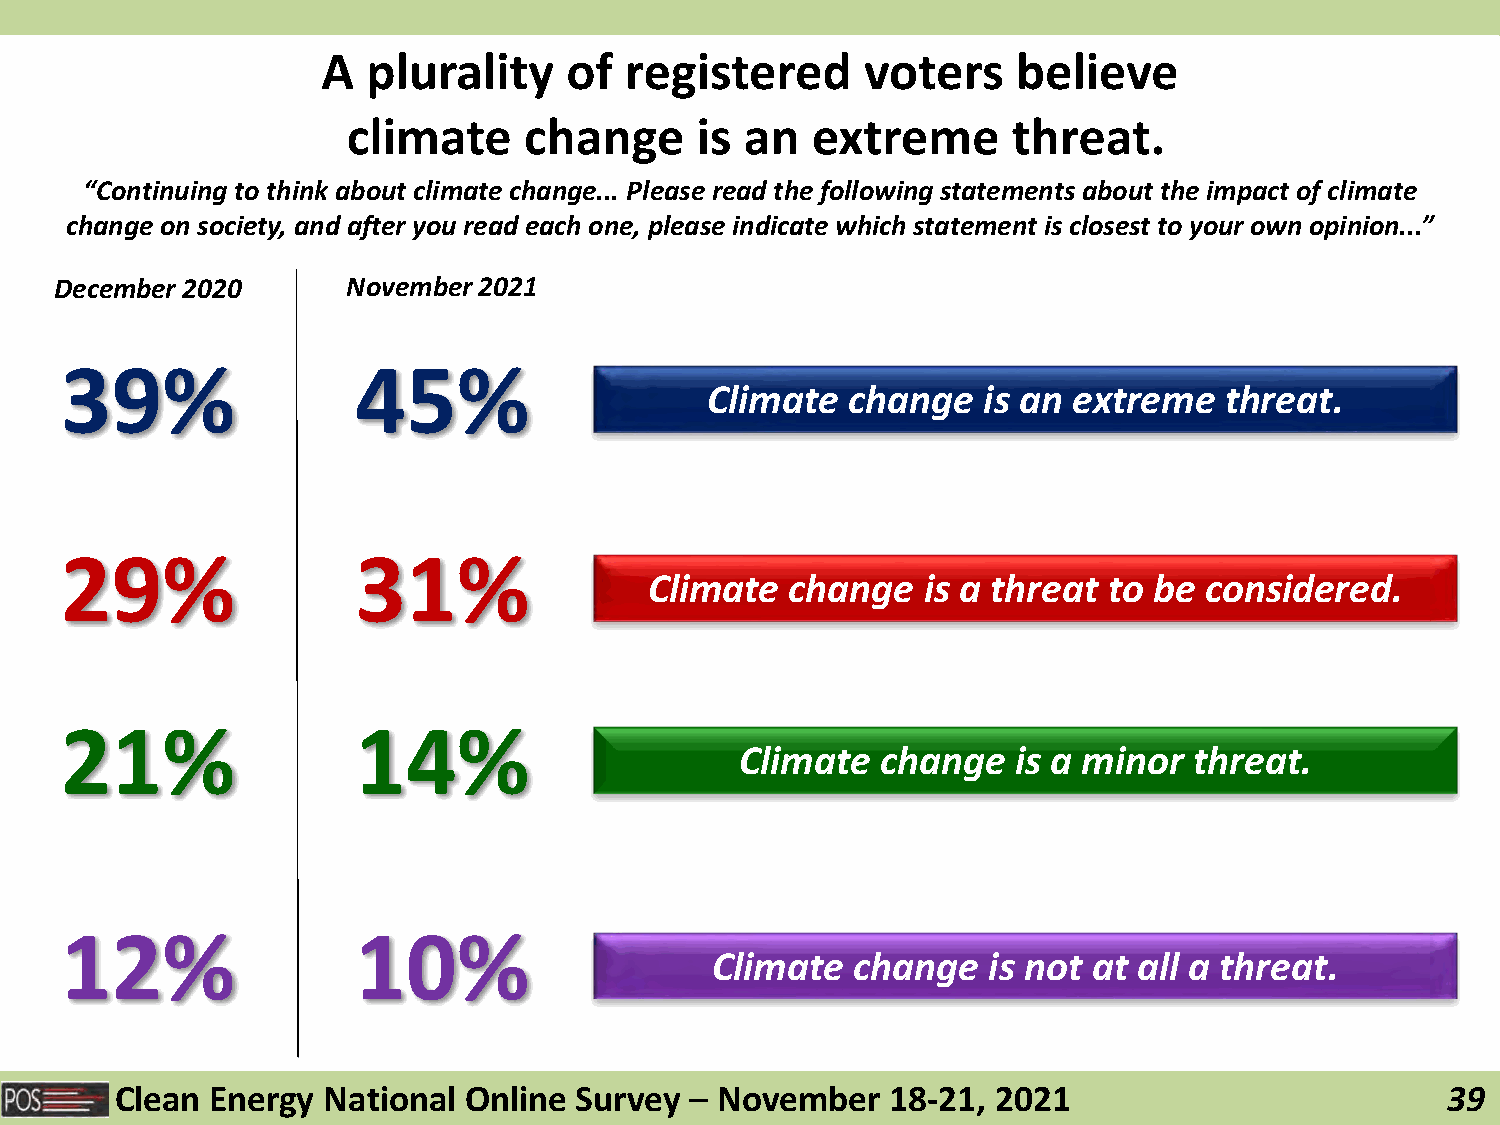
A  plurality    of  registered      voters    believe
 climate     change     is an   extreme      threat.
 “Continuing to think about climate change... Please read the following statements about the impact of climate
 change on society, and after you read each one, please indicate which statement is closest to your own opinion...”
 December 2020      November 2021
 39%                 45%
 Climate  change   is an extreme   threat.
 29%                 31%
 Climate  change   is a threat to be  considered.
 21%                 14%
 Climate  change   is a minor  threat.
 12%                 10%
 Climate   change  is not at all a threat.
 Clean Energy National  Online Survey  – November   18-21, 2021                          39